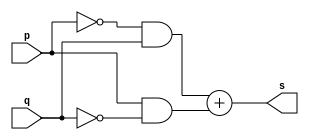
// ----------------
// Exemplo0011 - XOR usando De Morgan
// Nome: Josemar Alves Caetano
// Matrcula: 448662
// Data: 03/08/2012
// ----------------

// ----------------
// -- xor gate
// ----------------
module xorgate(output s, input p, input q);
 assign s = ((~p & q) + (p & ~q));
endmodule

// ----------------
// -- test xorgate
// ----------------
module testxorgate;

// ---------------- Dados locais
 reg a, b; //Definir registradores
 wire s; //Definir conexo (fio)

// ---------------- Intncia
 xorgate XOR1(s, a, b);

// ---------------- Preparao
 initial begin: start
  a = 0; b = 0;
 end

// ---------------- Parte principal
 initial begin: main
   $display("Exemplo0011 - Josemar Alves Caetano - 448662");
	$display("Teste XOR gate usando De Morgan.");
	$display("\t(~a & b) + (a & ~b) = s\n");
	
	$monitor("\t%b XOR %b = %b", a, b, s);
  #1 a = 0; b = 1;
  #1 a = 1; b = 0;
  #1 a = 1; b = 1;
 
 end //main

endmodule //testxorgate